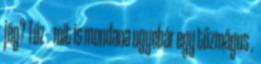
jég? Tűz mit is mondana ugyebár egy tűzmágus .